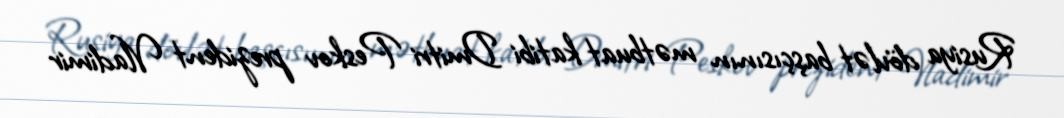
Rusiya dövlət başçısının mətbuat katibi Dmitri Peskov prezident Vladimir